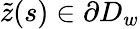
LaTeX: \tilde{z}(s)\in\partial D_{w}